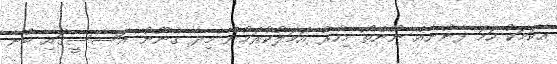
އެކަމަކު ހަމަ ފެނުނެއް ނޫންތޯ މިހާރު އަމަލުކުރަމުން މިދާ ގާނޫނު އަސާސީގައި ބުނާ